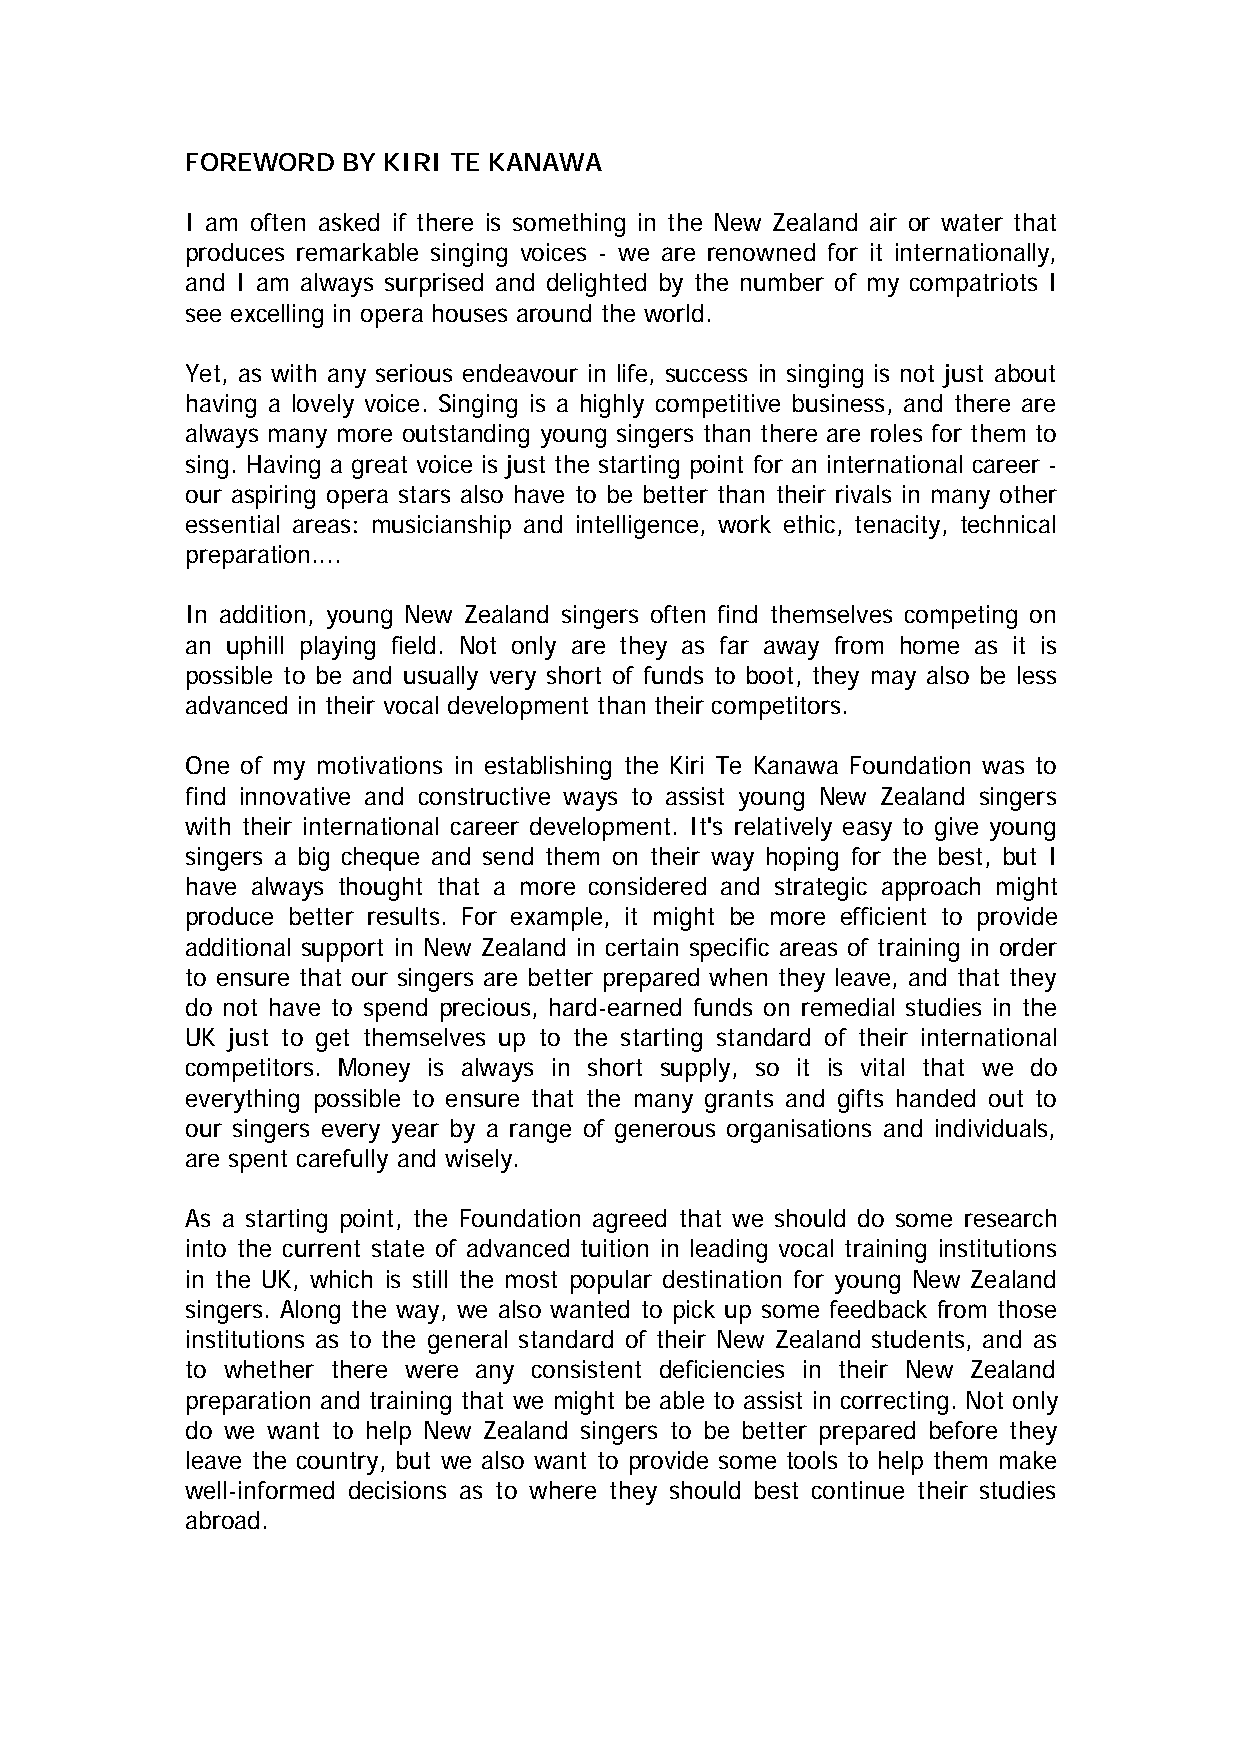
FOREWORD   BY KIRI TE KANAWA
 I am often asked if there is something in the New Zealand air or water that
 produces remarkable singing voices - we are renowned for it internationally,
 and I am always surprised and delighted by the number of my compatriots I
 see excelling in opera houses around the world.
 Yet, as with any serious endeavour in life, success in singing is not just about
 having a lovely voice. Singing is a highly competitive business, and there are
 always many more outstanding young singers than there are roles for them to
 sing. Having a great voice is just the starting point for an international career -
 our aspiring opera stars also have to be better than their rivals in many other
 essential areas: musicianship and intelligence, work ethic, tenacity, technical
 preparation....
 In addition, young New Zealand singers often find themselves competing on
 an uphill playing field. Not only are they as far away from home as it is
 possible to be and usually very short of funds to boot, they may also be less
 advanced in their vocal development than their competitors.
 One of my motivations in establishing the Kiri Te Kanawa Foundation was to
 find innovative and constructive ways to assist young New Zealand singers
 with their international career development. It's relatively easy to give young
 singers a big cheque and send them on their way hoping for the best, but I
 have always thought that a more considered and strategic approach might
 produce better results. For example, it might be more efficient to provide
 additional support in New Zealand in certain specific areas of training in order
 to ensure that our singers are better prepared when they leave, and that they
 do not have to spend precious, hard-earned funds on remedial studies in the
 UK just to get themselves up to the starting standard of their international
 competitors. Money is always in short supply, so it is vital that we do
 everything possible to ensure that the many grants and gifts handed out to
 our singers every year by a range of generous organisations and individuals,
 are spent carefully and wisely.
 As a starting point, the Foundation agreed that we should do some research
 into the current state of advanced tuition in leading vocal training institutions
 in the UK, which is still the most popular destination for young New Zealand
 singers. Along the way, we also wanted to pick up some feedback from those
 institutions as to the general standard of their New Zealand students, and as
 to whether there were any consistent deficiencies in their New Zealand
 preparation and training that we might be able to assist in correcting. Not only
 do we want to help New Zealand singers to be better prepared before they
 leave the country, but we also want to provide some tools to help them make
 well-informed decisions as to where they should best continue their studies
 abroad.